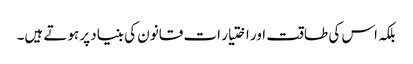
بلکہ اس کی طاقت اور اختیار ات قانون کی بنیاد پر ہوتے ہیں۔